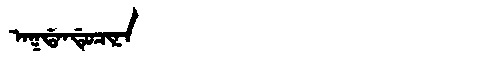
Manchu: ᠠᡴᡩᠠᠨᡩᡠᠴᡳᠨᠠ
Romanization: AKDANDUCINA